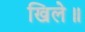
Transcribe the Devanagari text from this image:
खिले॥